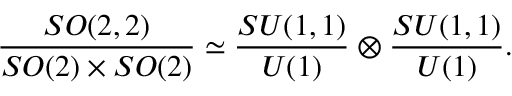
{ \frac { S O ( 2 , 2 ) } { S O ( 2 ) \times S O ( 2 ) } } \simeq { \frac { S U ( 1 , 1 ) } { U ( 1 ) } } \otimes { \frac { S U ( 1 , 1 ) } { U ( 1 ) } } .